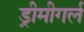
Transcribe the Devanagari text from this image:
ड्रीमीगर्ल